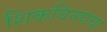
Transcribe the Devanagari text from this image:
शिकविनयचा